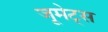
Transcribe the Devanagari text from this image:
जूमेट्स